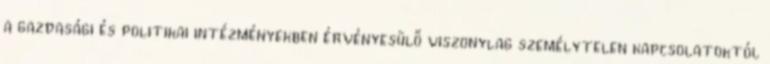
a gazdasági és politikai intézményekben érvényesülő viszonylag személytelen kapcsolatoktól